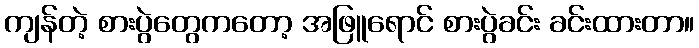
ကျန်တဲ့ စားပွဲတွေကတော့ အဖြူရောင် စားပွဲခင်း ခင်းထားတာ။